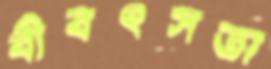
বীবৎসতা